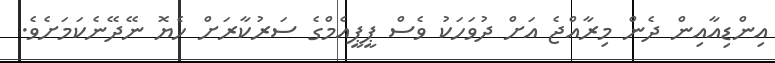
އިންޑިއާއިން ދެން މިރާއްޖެ އަށް ދުވަަހަކު ވެސް ޕީޕީއެމްގެ ސަރުކާރަށް ހެޔޮ ނޭދޭނެކަމަށެވެ.